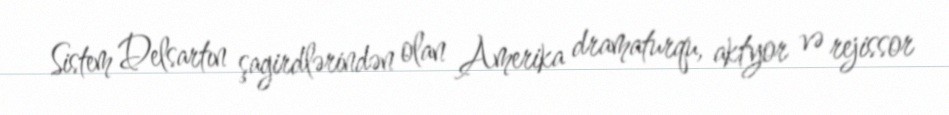
Sistem Delsartın şagirdlərindən olan Amerika dramaturqu, aktyor və rejissor